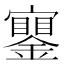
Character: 𨭧